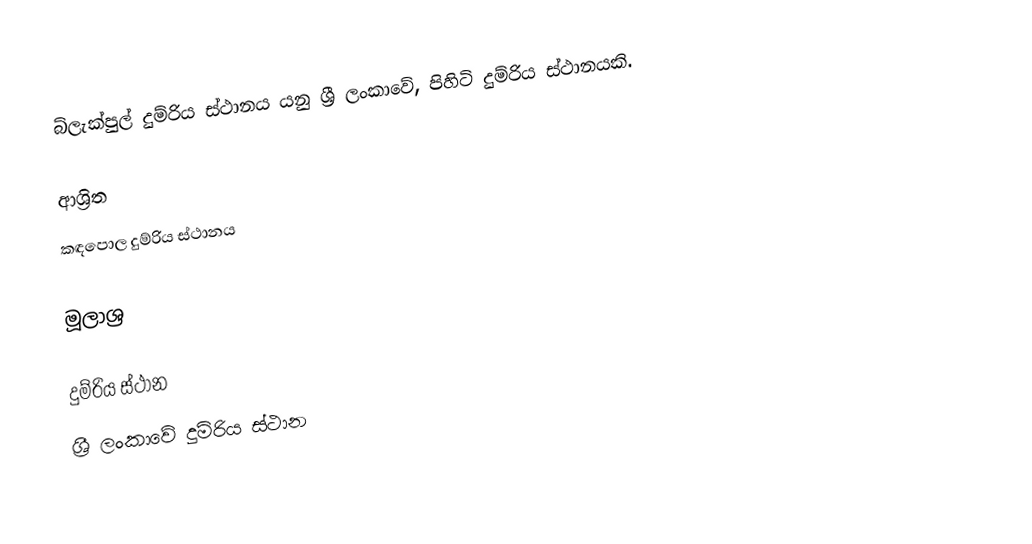
බ්ලැක්පුල් දුම්රිය ස්ථානය යනු ශ්‍රී ලංකාවේ, පිහිටි දුම්රිය ස්ථානයකි.

ආශ්‍රිත
 කඳපොල දුම්රිය ස්ථානය

මූලාශ්‍ර

දුම්රිය ස්ථාන
ශ්‍රී ලංකාවේ දුම්රිය ස්ථාන